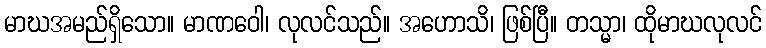
မာဃအမည်ရှိသော။ မာဏဝေါ၊ လုလင်သည်။ အဟောသိ၊ ဖြစ်ပြီ။ တသ္မာ၊ ထိုမာဃလုလင်